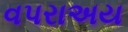
વપરાઅય